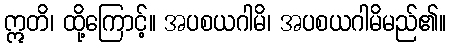
ဣတိ၊ ထို့ကြောင့်။ အပစယဂါမိ၊ အပစယဂါမိမည်၏။